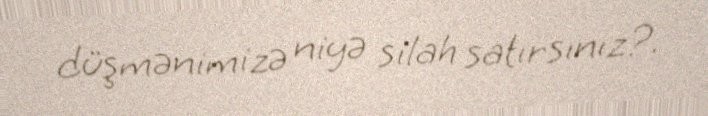
düşmənimizə niyə silah satırsınız?.